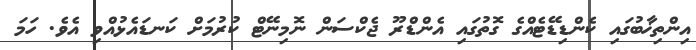
އިންތިޚާބުގައި ކެންޑިޑޭޓެއްގެ ގޮތުގައި އެންޑްރޫ ޖެކްސަން ނޮމިނޭޓް ކުރުމަށް ކަނޑައެޅުއްވި އެވެ. ހަމަ